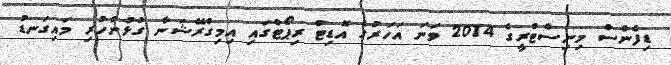
ޑިފެންސް މިނިސްޓްރީގެ 2014 ވަނަ އަހަރުގެ އޮޑިޓް ރިޕޯޓްގައި އިމިގްރޭޝަނާ ގުޅުންހުރި މައިގަނޑު